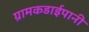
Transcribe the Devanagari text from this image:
ग्रामकडाईपानी